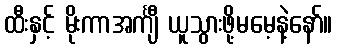
ထီးနှင့် မိုးကာအင်္ကျီ ယူသွားဖို့မမေ့နဲ့နော်။